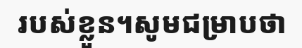
របស់ខ្លួន។សូមជម្រាបថា